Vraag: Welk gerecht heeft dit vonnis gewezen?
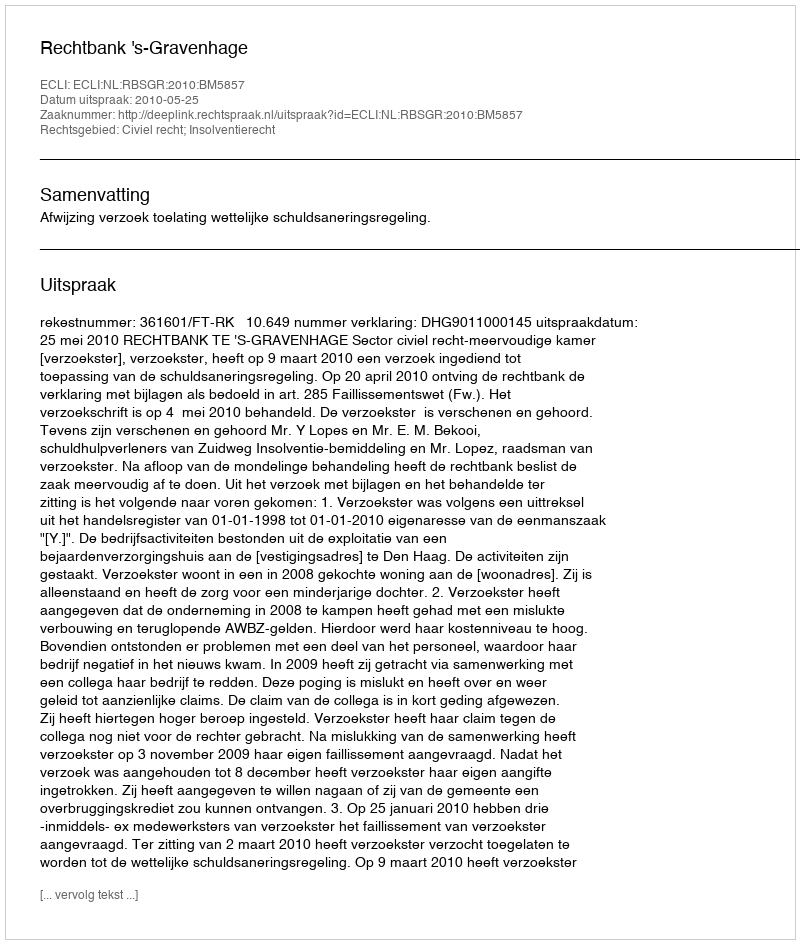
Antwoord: Rechtbank 's-Gravenhage